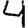
Digit: 4